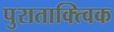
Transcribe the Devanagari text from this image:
पुराताक्त्विक